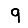
Digit: 9